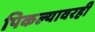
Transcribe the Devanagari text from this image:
पिकल्यावरही